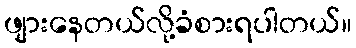
ဖျားနေတယ်လို့ခံစားရပါတယ်။